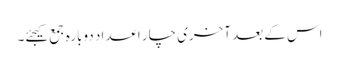
اس کے بعد آخری چار اعداد دوبارہ جمع کیجئے۔